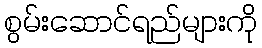
စွမ်းဆောင်ရည်များကို